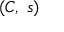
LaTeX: \textstyle ( C , \; s )